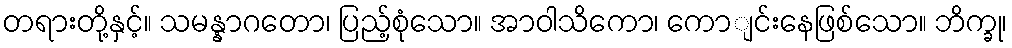
တရားတို့နှင့်။ သမန္နာဂတော၊ ပြည့်စုံသော။ အာဝါသိကော၊ ကောျင်းနေဖြစ်သော။ ဘိက္ခု၊